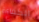
الكفاءة